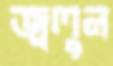
জ্বলুন